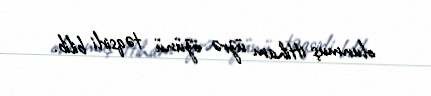
olunmuş ittiham üzrə özünü təqsirli bilib.